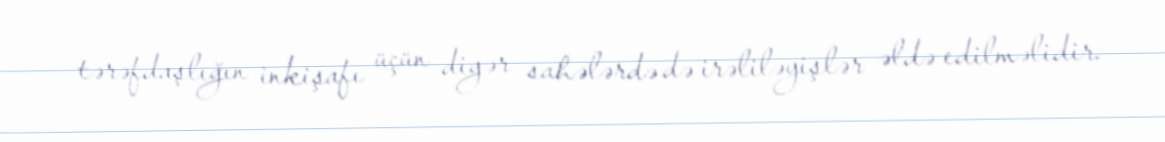
tərəfdaşlığın inkişafı üçün digər sahələrdə də irəliləyişlər əldə edilməlidir.